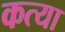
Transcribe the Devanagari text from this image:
कत्या